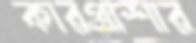
কারপাশার